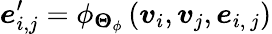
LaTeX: \boldsymbol{e}_{i,j}^{\prime}=\phi_{\boldsymbol{\Theta}_{\phi}}\left(\boldsymbol{v}_{i},\boldsymbol{v}_{j},\boldsymbol{e}_{i,\ j}\right)